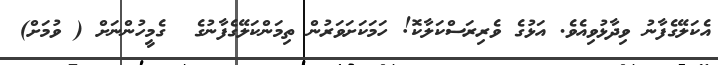
އެކަލޭގެފާނު ވިދާޅުވިއެވެ. އަޅުގެ ވެރިރަސްކަލާކޮ! ހަމަކަށަވަރުން ތިމަންކަލޭގެފާނުގެ  ގެމީހުންނަށް ( ވުމަށް)